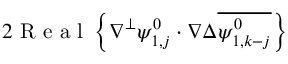
2 \mathrm { ~ R ~ e ~ a ~ l ~ } \left\{ \nabla ^ { \perp } \psi _ { 1 , j } ^ { 0 } \cdot \nabla \Delta \overline { { \psi _ { 1 , k - j } ^ { 0 } } } \right\}